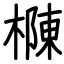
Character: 樄